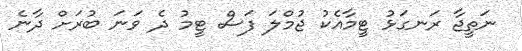
ނަތީޖާ ރަނގަޅު ޓީމާއެކު ޖުމްލަ ފަސް ޓީމު ދެ ވަނަ ބުރަށް ދާނެ